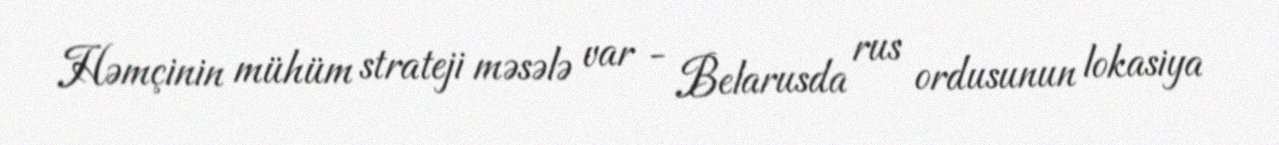
Həmçinin mühüm strateji məsələ var - Belarusda rus ordusunun lokasiya